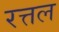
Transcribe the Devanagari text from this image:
रत्तल